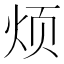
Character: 烦